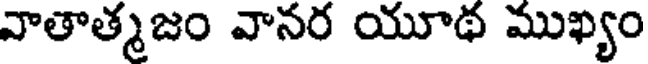
వాతాత్మజం వానర యూథ ముఖ్యం